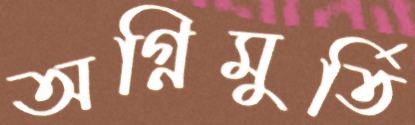
অগ্নিমুর্তি